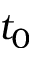
t _ { 0 }